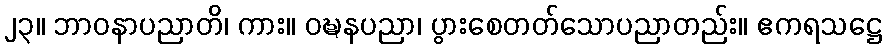
၂၃။ ဘာဝနာပညာတိ၊ ကား။ ဝဍ္ဎနပညာ၊ ပွားစေတတ်သောပညာတည်း။ ဧကရသဋ္ဌေ